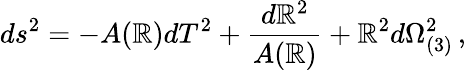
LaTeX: ds^{2}=-A(\mathbb{R})dT^{2}+{\frac{{d\mathbb{R}^{2}}}{{A(\mathbb{R})}}}+\mathbb{R}^{2}d\Omega_{(3)}^{2}\, ,